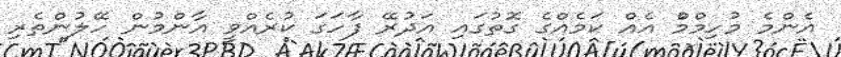
އެންމެ މުހިމްމްު އެއް ކަމެއްގެ ގޮތުގައި އަދުރޭ ފާހަގަ ކުރެއްވީ އާންމުން ހޭލުންތެރި